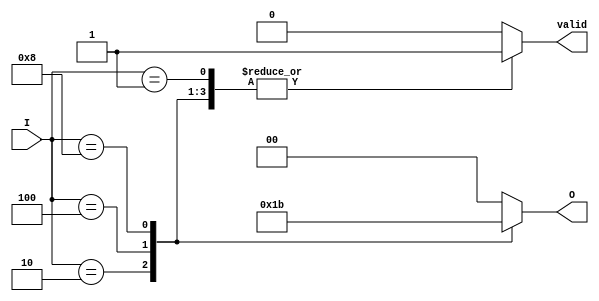
module binary_encoder (
    input wire [3:0] I,   // 4 input lines
    output reg [1:0] O,   // 2 output lines
    output reg valid       // Indicates if the output is valid
);

    always @(*) begin
        case (I)
            4'b0000: begin
                O = 2'b00; // No input active
                valid = 0; // Invalid state
            end
            4'b0001: begin
                O = 2'b00; // Input 0 active
                valid = 1; // Valid state
            end
            4'b0010: begin
                O = 2'b01; // Input 1 active
                valid = 1; // Valid state
            end
            4'b0100: begin
                O = 2'b10; // Input 2 active
                valid = 1; // Valid state
            end
            4'b1000: begin
                O = 2'b11; // Input 3 active
                valid = 1; // Valid state
            end
            default: begin
                O = 2'b00; // Default case (no input active)
                valid = 0; // Invalid state
            end
        endcase
    end

endmodule